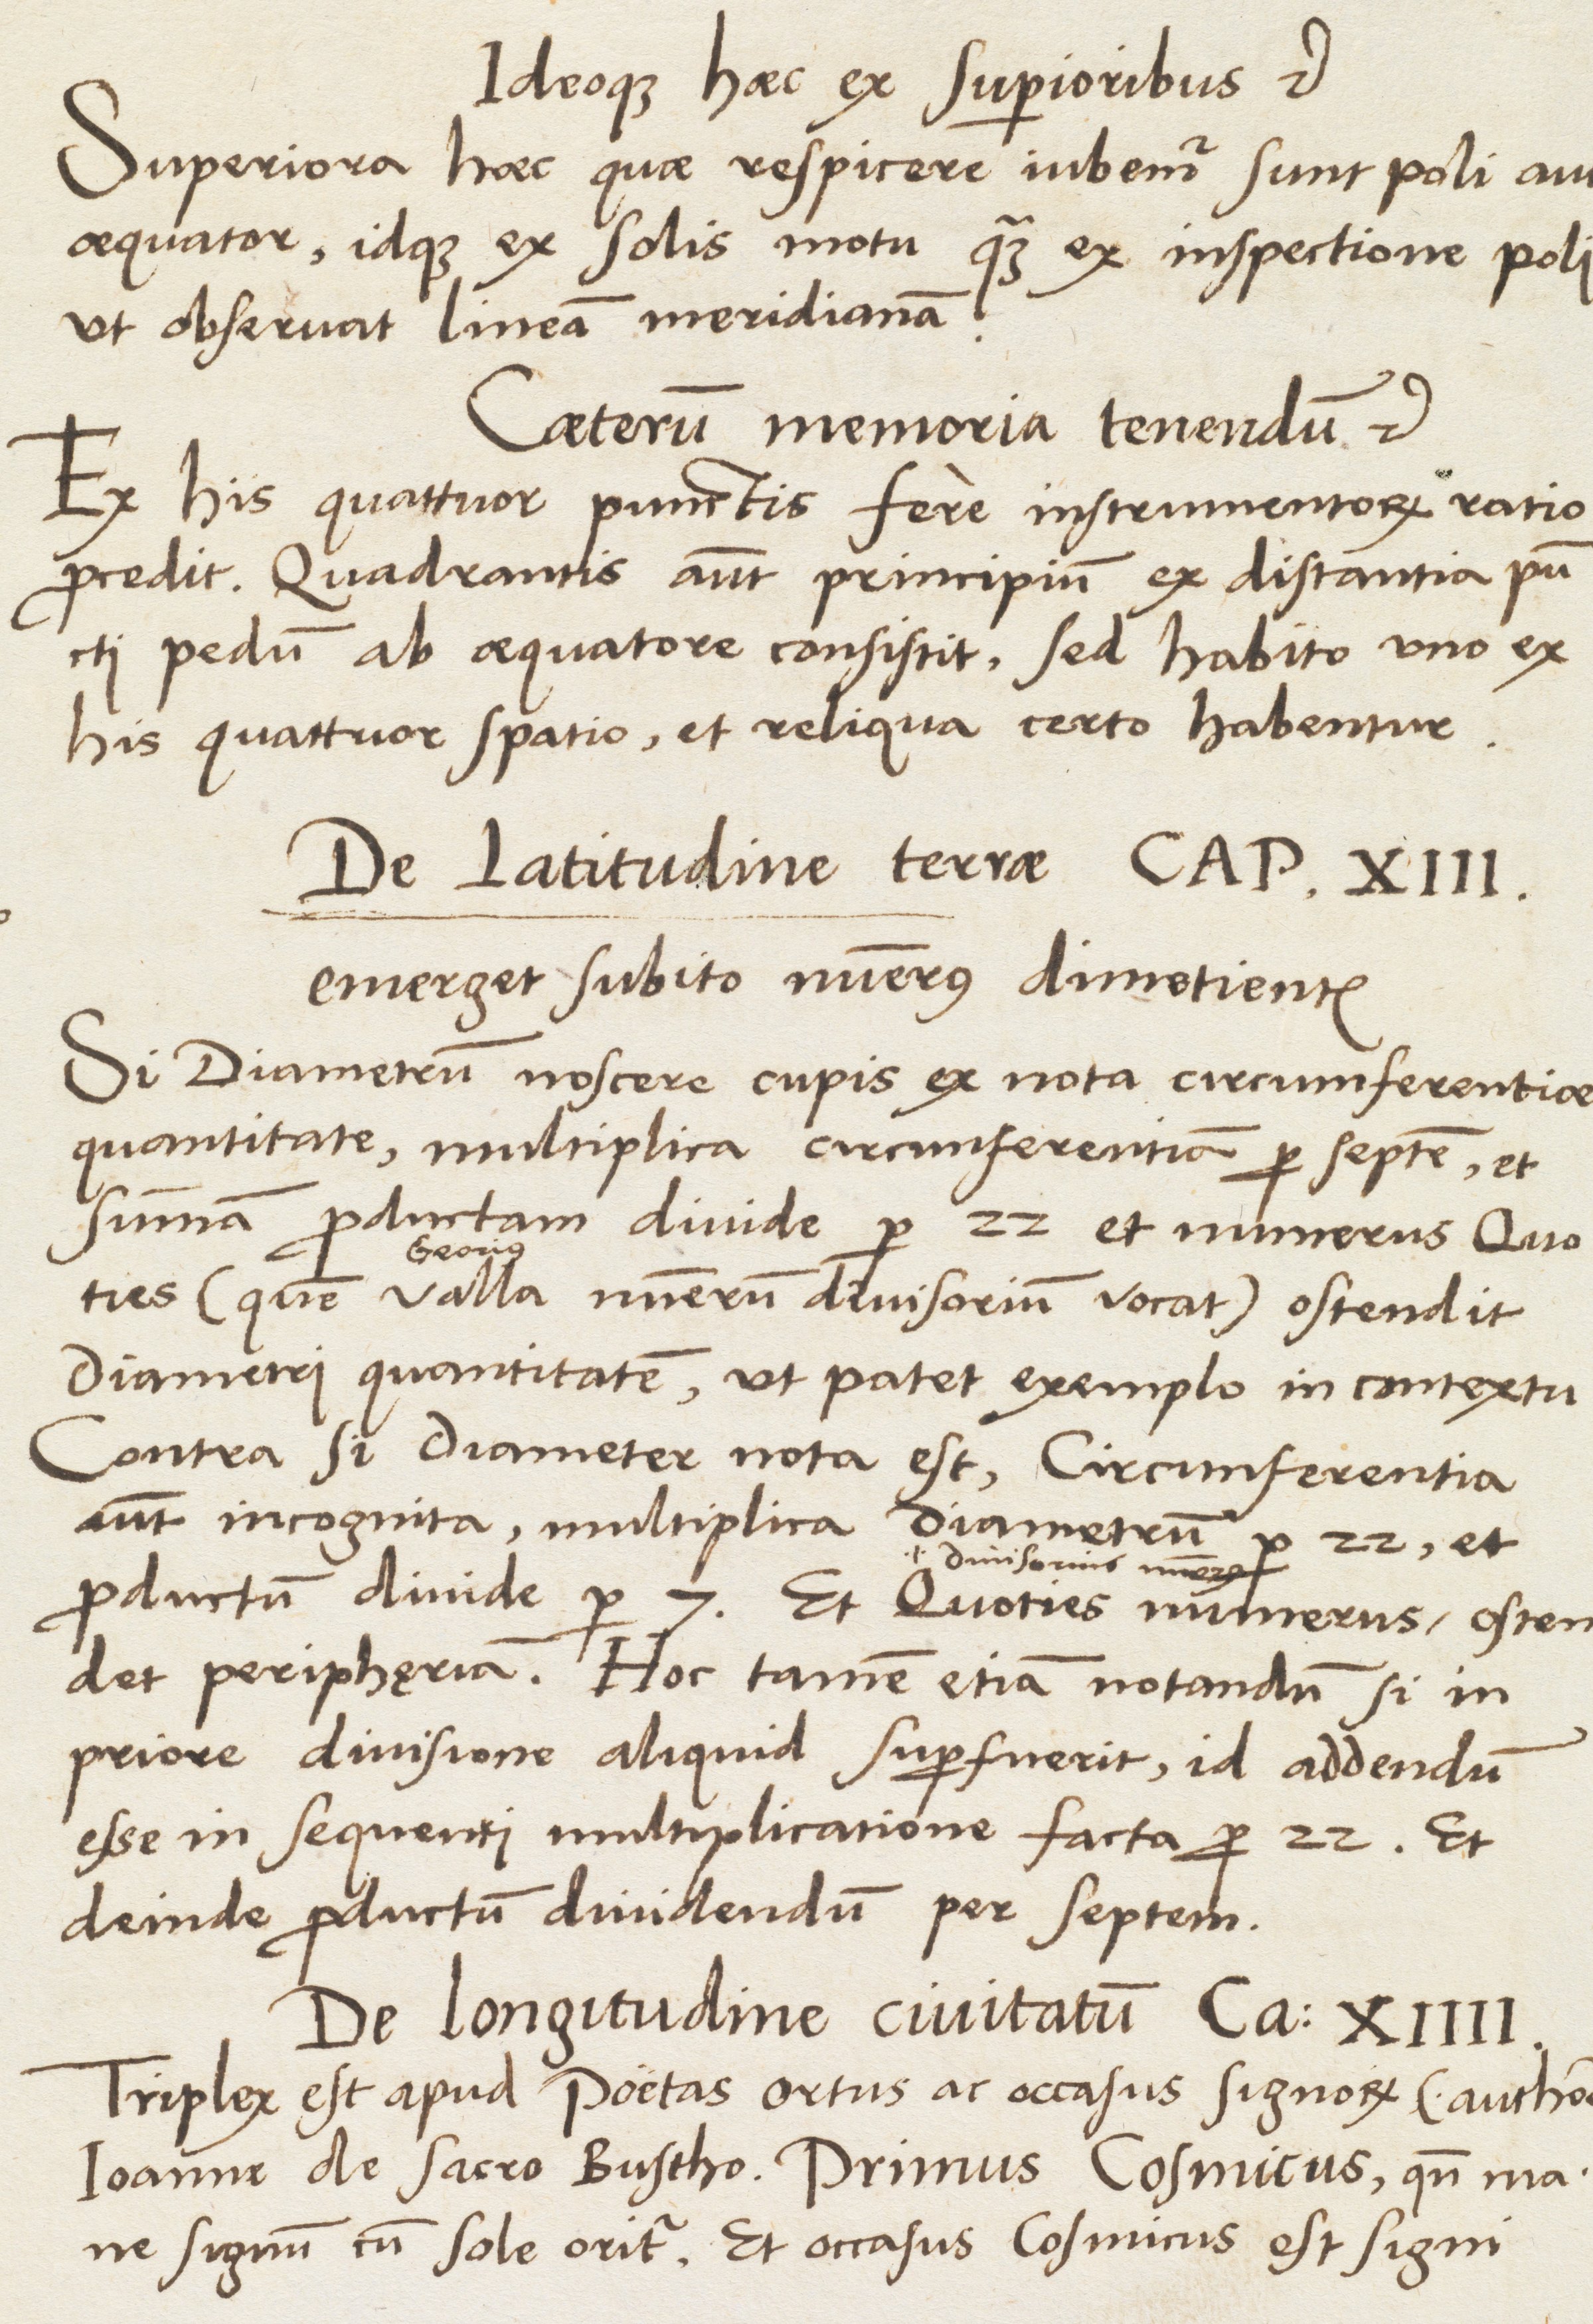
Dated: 1537–1537